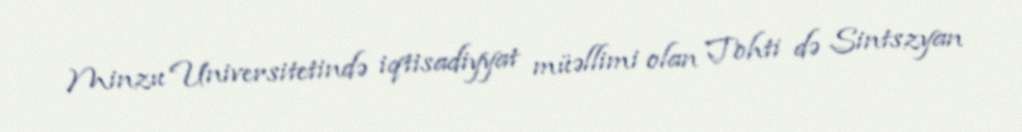
Minzu Universitetində iqtisadiyyat müəllimi olan Tohti də Sintszyan